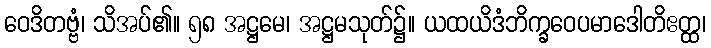
ဝေဒိတဗ္ဗံ၊ သိအပ်၏။ ၅၈ အဋ္ဌမေ၊ အဋ္ဌမသုတ်၌။ ယထယိဒံဘိက္ခဝေပမာဒေါတိဧတ္ထ၊